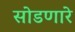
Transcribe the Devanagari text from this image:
सोडणारे